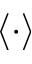
\langle \cdot \rangle